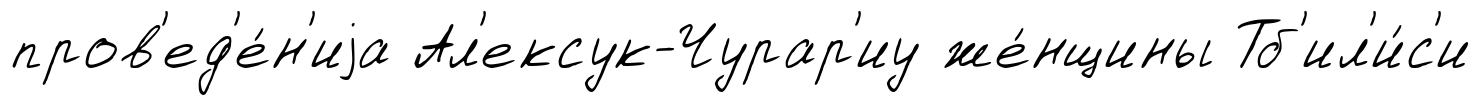
пров'ед'е́н'иjа Ал'ексук-Чурар'иу же́нщины Тб'ил'и́с'и